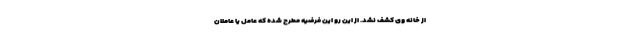
از خانه وی کشف نشد. از این رو این فرضیه مطرح شده که عامل یا عاملان